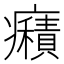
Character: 癪